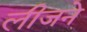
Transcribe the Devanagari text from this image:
लीजने